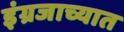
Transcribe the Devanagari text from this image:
इंग्रजाच्यात